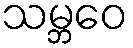
သမ္ဘဝေ